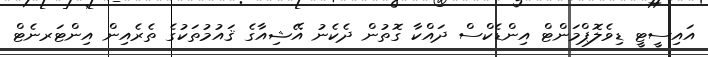
އައިސީޓީ ޑިވެލޮޕްމަންޓް އިންޑެކްސް ދައްކާ ގޮތުން ދެކެނު އޭޝިއާގެ ޤައުމުތަކުގެ ތެރެއިން އިންޓަރނެޓް